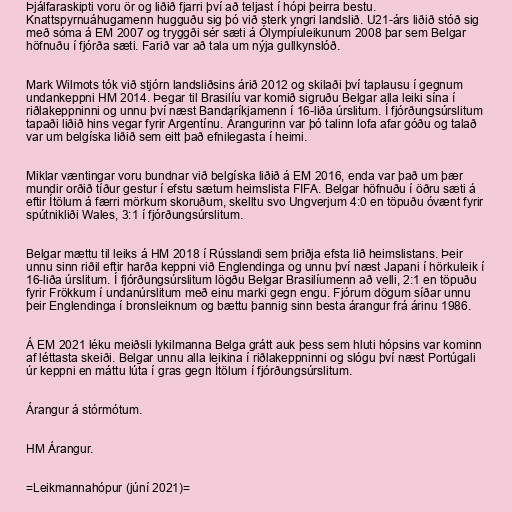
Þjálfaraskipti voru ör og liðið fjarri því að teljast í hópi þeirra bestu.
Knattspyrnuáhugamenn hugguðu sig þó við sterk yngri landslið. U21-árs liðið stóð sig
með sóma á EM 2007 og tryggði sér sæti á Ólympíuleikunum 2008 þar sem Belgar
höfnuðu í fjórða sæti. Farið var að tala um nýja gullkynslóð.

Mark Wilmots tók við stjórn landsliðsins árið 2012 og skilaði því taplausu í gegnum
undankeppni HM 2014. Þegar til Brasilíu var komið sigruðu Belgar alla leiki sína í
riðlakeppninni og unnu því næst Bandaríkjamenn í 16-liða úrslitum. Í fjórðungsúrslitum
tapaði liðið hins vegar fyrir Argentínu. Árangurinn var þó talinn lofa afar góðu og talað
var um belgíska liðið sem eitt það efnilegasta í heimi.

Miklar væntingar voru bundnar við belgíska liðið á EM 2016, enda var það um þær
mundir orðið tíður gestur í efstu sætum heimslista FIFA. Belgar höfnuðu í öðru sæti á
eftir Ítölum á færri mörkum skoruðum, skelltu svo Ungverjum 4:0 en töpuðu óvænt fyrir
spútnikliði Wales, 3:1 í fjórðungsúrslitum.

Belgar mættu til leiks á HM 2018 í Rússlandi sem þriðja efsta lið heimslistans. Þeir
unnu sinn riðil eftir harða keppni við Englendinga og unnu því næst Japani í hörkuleik í
16-liða úrslitum. Í fjórðungsúrslitum lögðu Belgar Brasilíumenn að velli, 2:1 en töpuðu
fyrir Frökkum í undanúrslitum með einu marki gegn engu. Fjórum dögum síðar unnu
þeir Englendinga í bronsleiknum og bættu þannig sinn besta árangur frá árinu 1986.

Á EM 2021 léku meiðsli lykilmanna Belga grátt auk þess sem hluti hópsins var kominn
af léttasta skeiði. Belgar unnu alla leikina í riðlakeppninni og slógu því næst Portúgali
úr keppni en máttu lúta í gras gegn Ítölum í fjórðungsúrslitum.

Árangur á stórmótum.

HM Árangur.

=Leikmannahópur (júní 2021)=